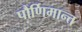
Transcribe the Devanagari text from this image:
पौर्णिमान्त्त